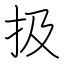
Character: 扱